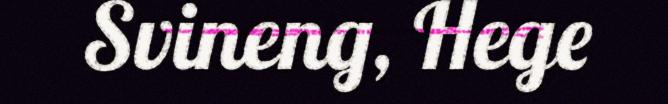
Svineng, Hege